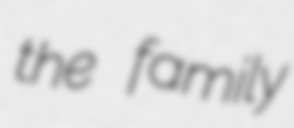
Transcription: the family